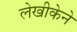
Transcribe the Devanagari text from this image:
लेखीकेने